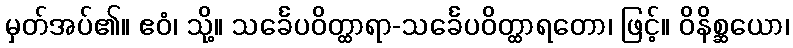
မှတ်အပ်၏။ ဧဝံ၊ သို့။ သင်္ခေပဝိတ္ထာရာ-သင်္ခေပဝိတ္ထာရတော၊ ဖြင့်။ ဝိနိစ္ဆယော၊